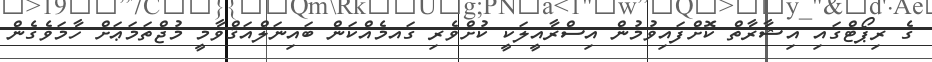
ގެ ރިޕޯޓްގައި އިޝާރާތް ކޮށްފައިވުމުން އިސްރާއީލަކީ ކުށްވެރި ގައމެއްކަން ބައިނަލްއަޤްވާމީ މުޖްތަމަޢަށް ހާމަވެގެން